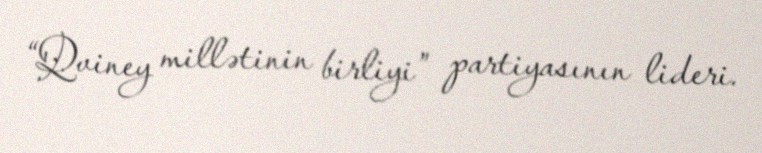
“Qviney millətinin birliyi” partiyasının lideri.